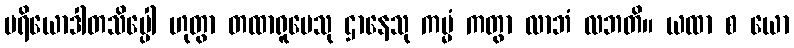
ပရိယောဒါတသိပ္ပေါ ဟုတွာ တထာရူပေသု ဌာနေသု ကမ္မံ ကတွာ လာဘံ လဘတိ။ ယထာ စ ယော